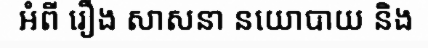
អំពី រឿង សាសនា នយោបាយ និង